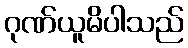
ဂုဏ်ယူမိပါသည်